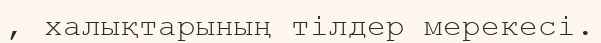
, халықтарының тілдер мерекесі.